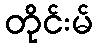
တိုင်းမ်